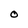
Character: O